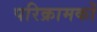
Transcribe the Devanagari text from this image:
परिक्रामकों